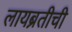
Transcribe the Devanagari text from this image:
लायब्रतीची